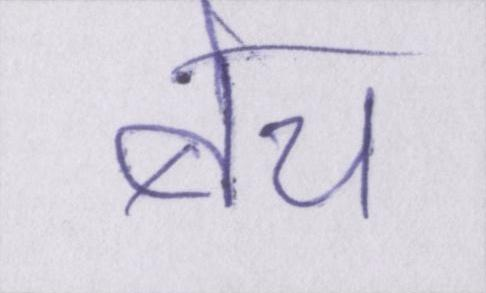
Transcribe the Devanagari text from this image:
बेच